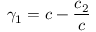
\gamma _ { 1 } = c - \frac { c _ { 2 } } { c }